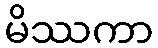
မိဿကာ